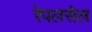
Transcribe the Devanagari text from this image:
रेपलसेल